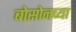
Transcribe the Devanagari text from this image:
बोसोनच्या